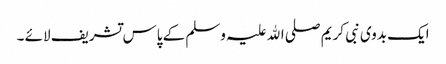
ایک بدوی نبی کریم صلی اﷲ علیہ وسلم کے پاس تشریف لائے ۔